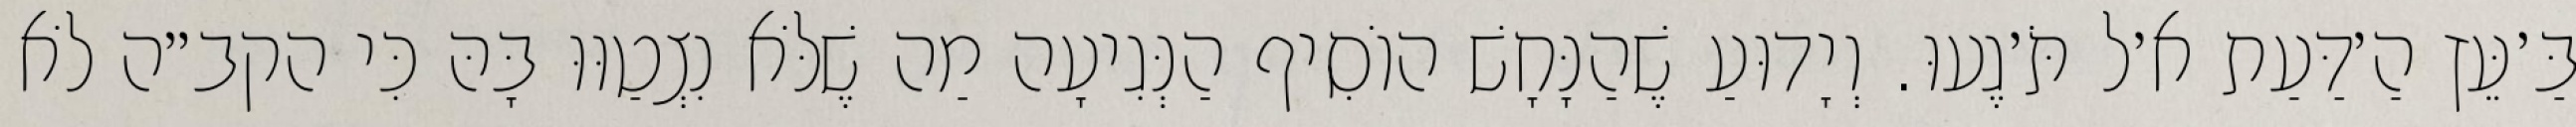
בַּ׳עֵּץ הַ׳דַּעַת א׳ל תֹּ׳גֶעוּ. וְיָדוּעַ שֶׁהַנָּחָשׁ הוֹסִיף הַנְּגִיעָה מַה שֶׁלֹּא נִצְטַוּוּ בָּהּ כִּי הקב״ה לֹא